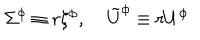
LaTeX: \Sigma ^ { \phi } \equiv r \xi ^ { \phi } , \; \tilde { U } ^ { \phi } \equiv r U ^ { \phi }